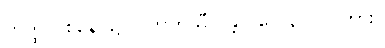
တတ္ထ ဝစနေ၊ ၌။ ပကတိသီလန္တိ၊ (ပေ ၃၇၁) ကား။